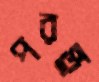
পরন্তু